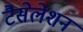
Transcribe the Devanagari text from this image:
टैसेलेशन